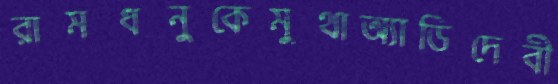
রামধনুকেমুথাঅ্যাডিদেবী